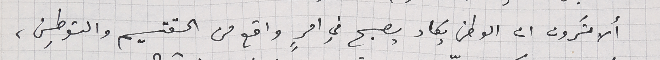
ألا تَرون ان الوطن يكاد يصبح في امرٍ واقع من التقسيم والتوطين،